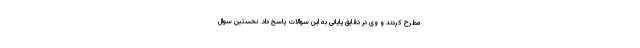
مطرح کردند و وی در دقایق پایانی به این سوالات پاسخ داد. نخستین سوال